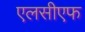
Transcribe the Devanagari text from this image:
एलसीएफ